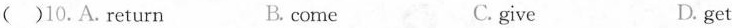
( )10.A.Return B. come C. give D. get